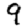
Digit: 9